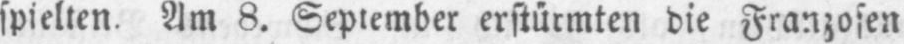
spielten. Am 8. September erstürmten die Franzosen